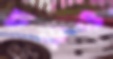
চড়ও